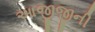
આજીજીની